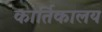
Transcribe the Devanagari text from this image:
कार्तिकालय